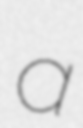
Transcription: a